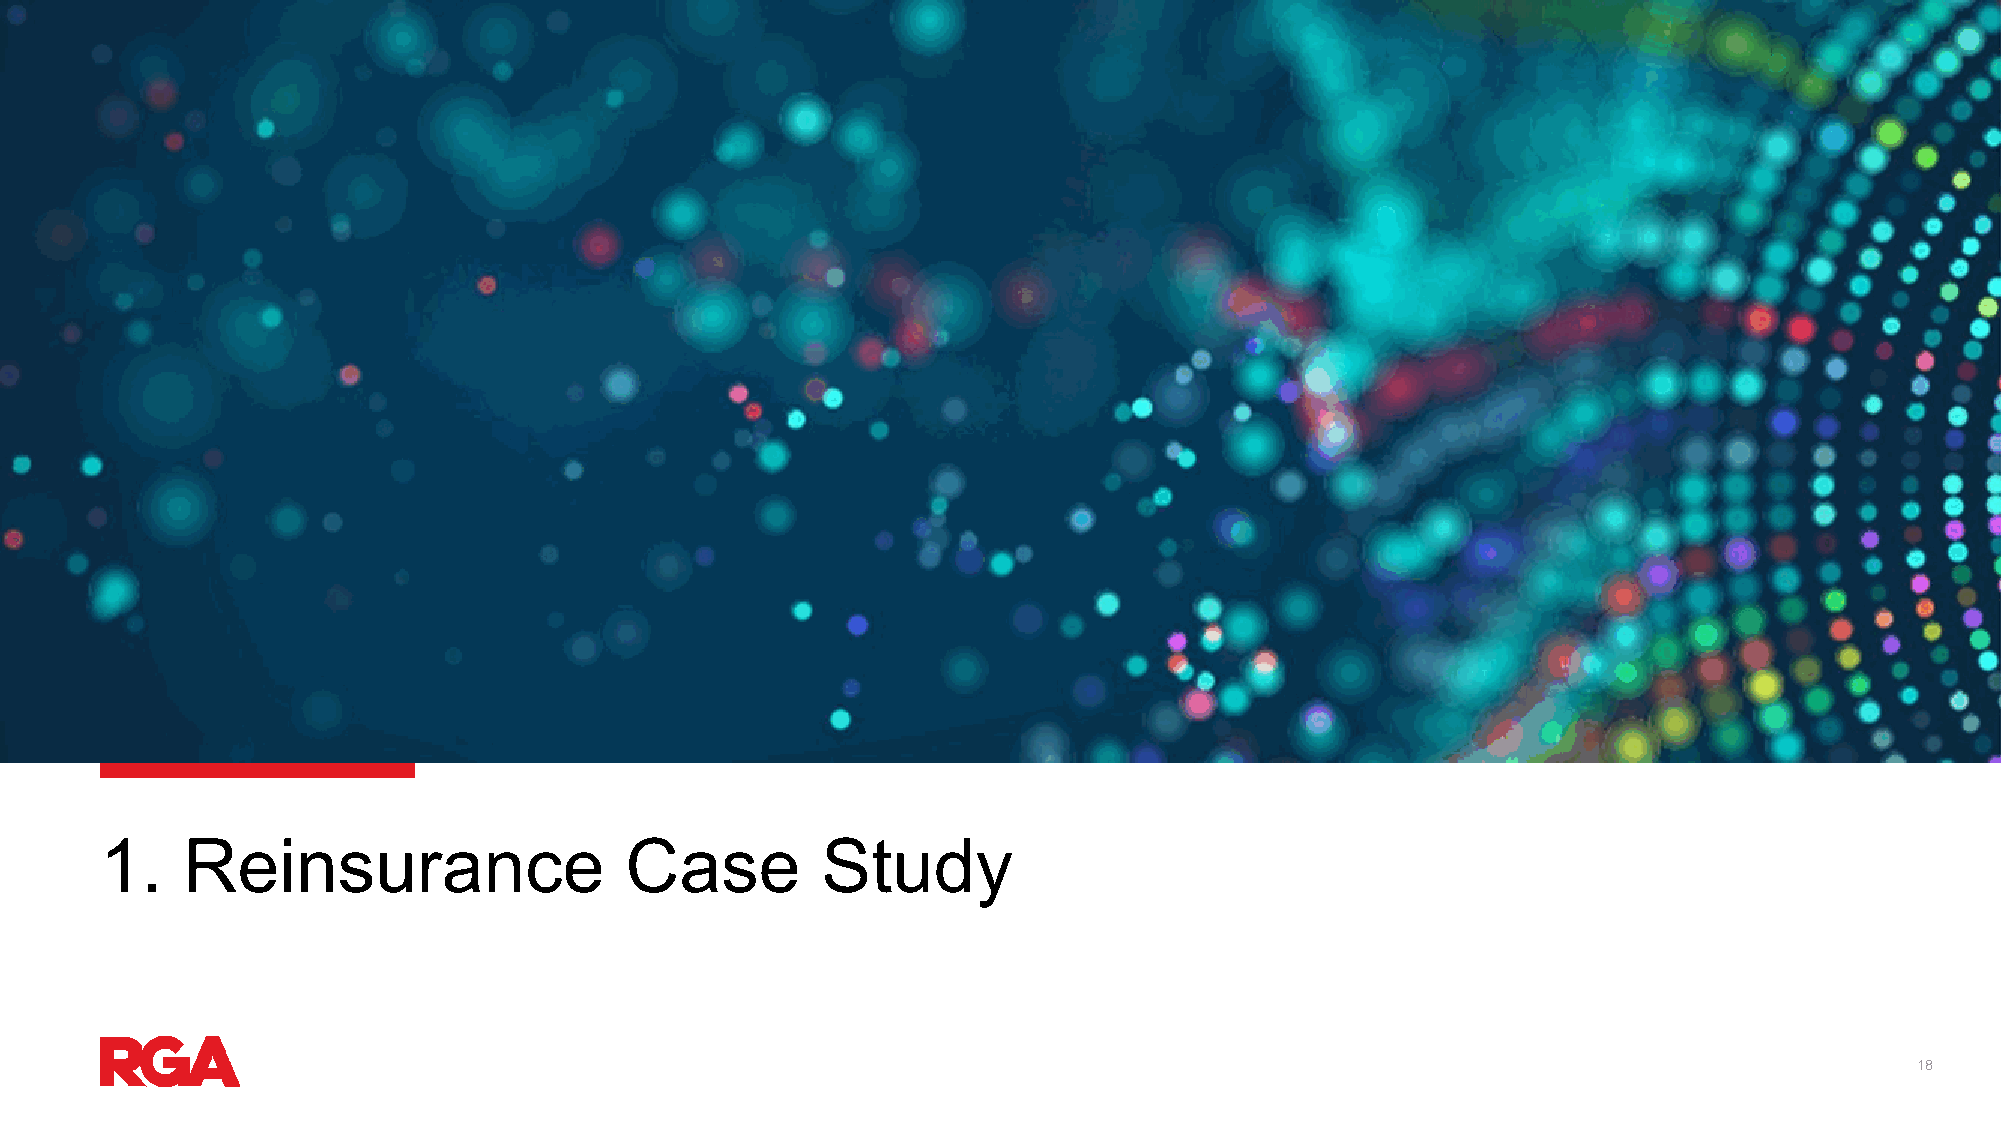
1.   Reinsurance                  Case         Study
 18